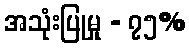
အသုံးပြုမှု - ၇၅%